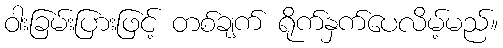
ဝါးခြမ်းပြားဖြင့် တစ်ချက် ရိုက်နှက်ပေလိမ့်မည်။